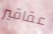
عقاقير